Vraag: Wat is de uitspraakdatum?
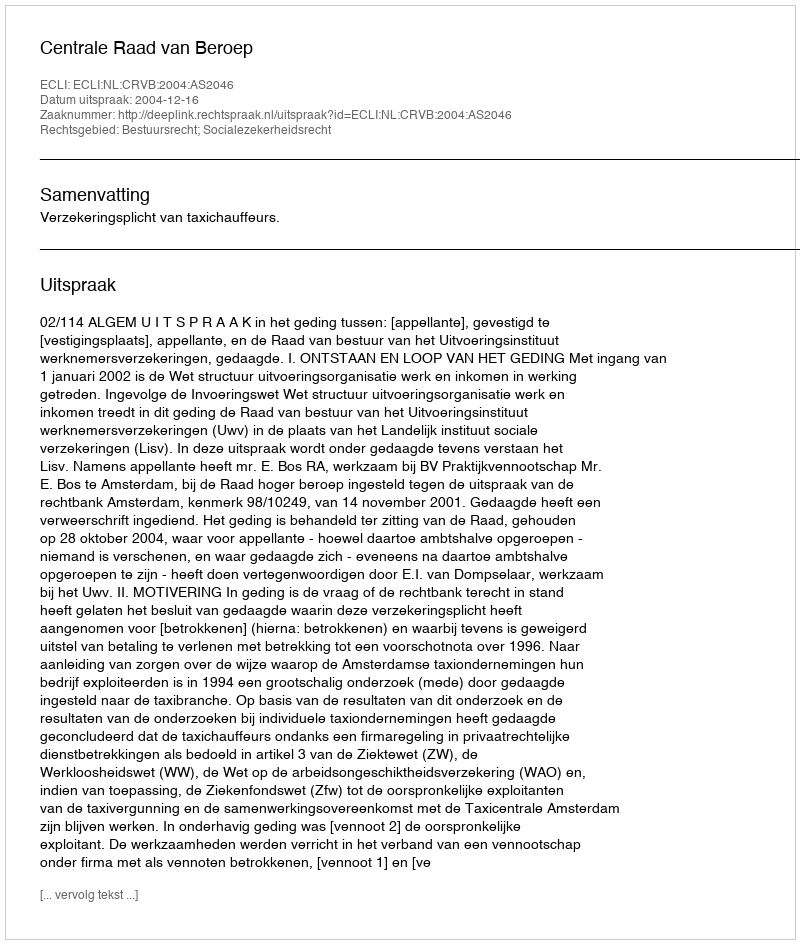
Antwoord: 2004-12-16